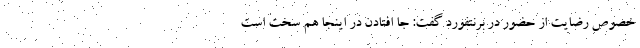
خصوص رضایت از حضور در برنتفورد گفت: جا افتادن در اینجا هم سخت است